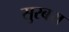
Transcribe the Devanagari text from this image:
सुरबरा